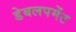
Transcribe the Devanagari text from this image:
डेबलपमेंट